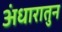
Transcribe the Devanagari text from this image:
अंधारातुन